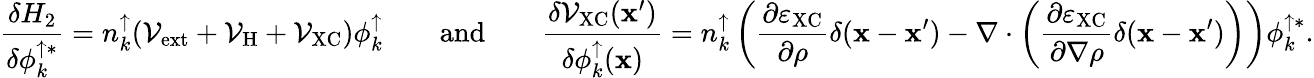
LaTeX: \frac{\delta H_{2}}{\delta\phi_{k}^{\uparrow*}}=n_{k}^{\uparrow}({\cal V}_{\mathrm{ext}}+{\cal V}_{\mathrm{H}}+{\cal V}_{\mathrm{XC}})\phi_{k}^{\uparrow}\quad\quad\mathrm{and}\quad\quad\frac{\delta{\cal V}_{\mathrm{XC}}({\mathbf x}^{\prime})}{\delta\phi_{k}^{\uparrow}({\mathbf x})}=n_{k}^{\uparrow}\left(\frac{\partial\varepsilon_{\mathrm{XC}}}{\partial\rho}\delta({\mathbf x}-{\mathbf x}^{\prime})-\nabla\cdot\left(\frac{\partial\varepsilon_{\mathrm{XC}}}{\partial\nabla\rho}\delta({\mathbf x}-{\mathbf x}^{\prime})\right)\right)\phi_{k}^{\uparrow*}.